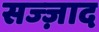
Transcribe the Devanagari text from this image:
सज्ज़ाद